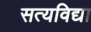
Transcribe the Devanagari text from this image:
सत्यविद्या